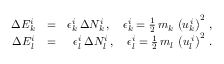
\begin{array} { r l r } { \Delta E _ { k } ^ { i } } & { = } & { \epsilon _ { k } ^ { i } \, \Delta N _ { k } ^ { i } \, , \quad \epsilon _ { k } ^ { i } = \frac { 1 } { 2 } \, m _ { k } \, \left( u _ { k } ^ { \, i } \right) ^ { 2 } \, , } \\ { \Delta E _ { l } ^ { i } } & { = } & { \epsilon _ { l } ^ { i } \, \Delta N _ { l } ^ { i } \, , \quad \epsilon _ { l } ^ { i } = \frac { 1 } { 2 } \, m _ { l } \, \left( u _ { l } ^ { \, i } \right) ^ { 2 } \, . } \end{array}